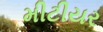
મીટીયર